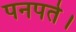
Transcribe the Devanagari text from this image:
पनपते।